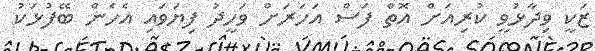
ޒަކީ ވިދާޅުވީ ކުރިއަށް އޮތް ފަސް އަހަރަށް ވަހީދު ފިޔަވައި އެހެން ބޭފުޅަކު